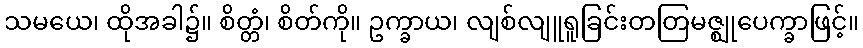
သမယေ၊ ထိုအခါ၌။ စိတ္တံ၊ စိတ်ကို။ ဥက္ခာယ၊ လျစ်လျူရူခြင်းတတြမဇ္ဈုပေက္ခာဖြင့်။